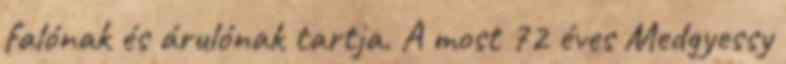
falónak és árulónak tartja. A most 72 éves Medgyessy